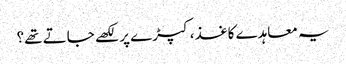
یہ معاہدے کاغذ، کپڑے پر لکھے جاتے تھے؟